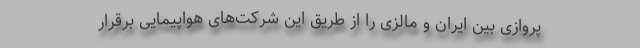
پروازی بین ایران و مالزی را از طریق این شرکت‌های هواپیمایی برقرار